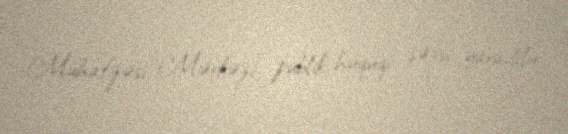
Mühafizəsi Mərkəzi” publik hüquqi şəxsi yaradılır.